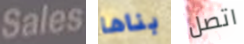
Sales بناها اتصل